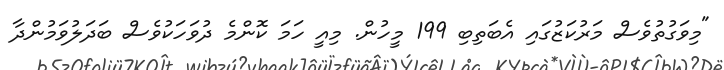
"މިވަގުތުވެސް މަރުކަޒުގައި އެބަތިބި 199 މީހުން. މިއީ ހަމަ ކޮންމެ ދުވަހަކުވެސް ބަދަލުވަމުންދާ